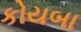
કોયબા